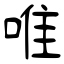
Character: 唯